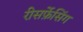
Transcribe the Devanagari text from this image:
रीसर्फ़ेसिंग